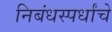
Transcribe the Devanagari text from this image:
निबंधस्पर्धांचे